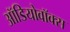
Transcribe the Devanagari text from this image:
ऑडियोवॉक्स